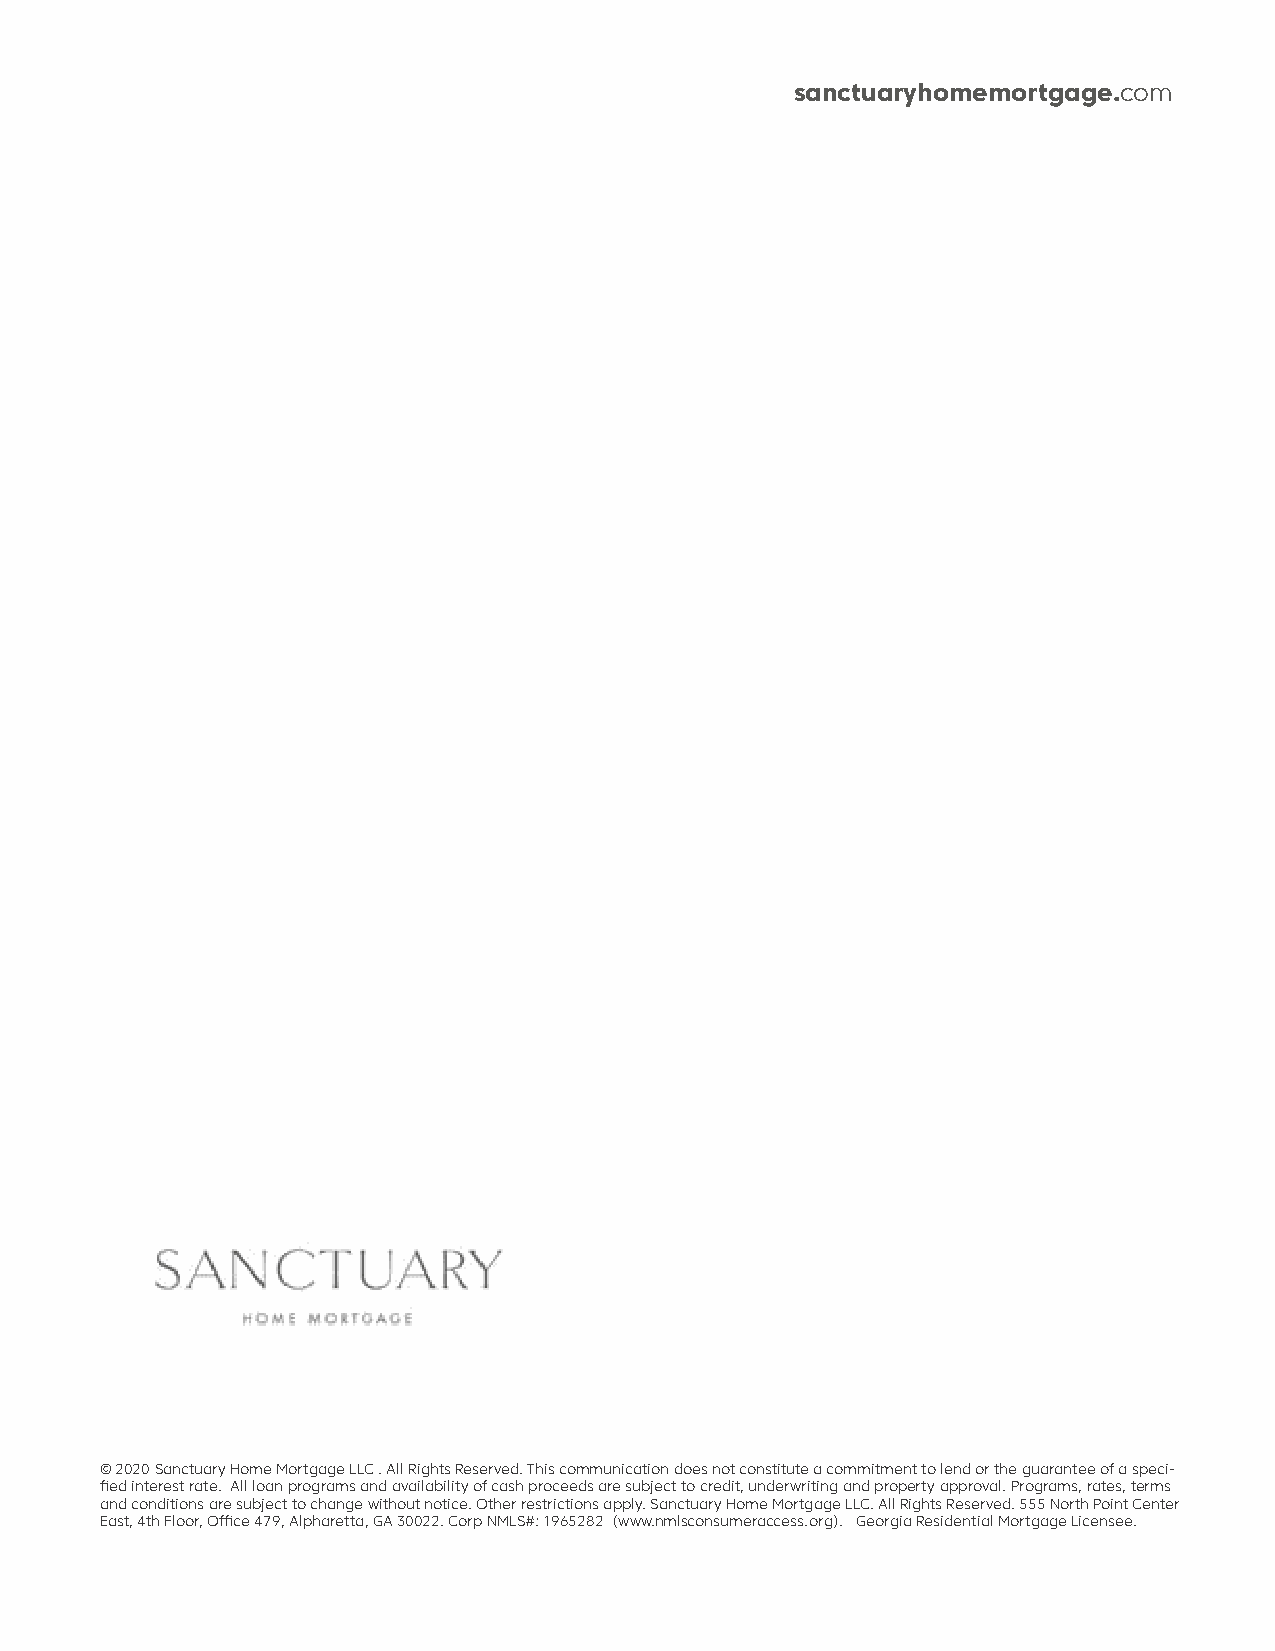
sanctuaryhomemortgage.com
 © 2020 Sanctuary Home Mortgage LLC . All Rights Reserved. This communication does not constitute a commitment to lend or the guarantee of a speci-
 fied interest rate. All loan programs and availability of cash proceeds are subject to credit, underwriting and property approval. Programs, rates, terms
 and conditions are subject to change without notice. Other restrictions apply. Sanctuary Home Mortgage LLC. All Rights Reserved. 555 North Point Center
 East, 4th Floor, Office 479, Alpharetta, GA 30022. Corp NMLS#: 1965282 (www.nmlsconsumeraccess.org). Georgia Residential Mortgage Licensee.